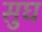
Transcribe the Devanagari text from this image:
सुघ